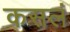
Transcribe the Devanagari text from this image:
कसलं